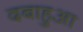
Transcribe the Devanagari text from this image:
दबाहुआ